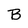
Character: B